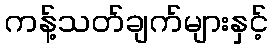
ကန့်သတ်ချက်များနှင့်